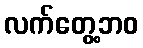
လက်တွေ့ဘဝ